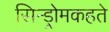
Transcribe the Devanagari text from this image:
सिन्ड्रोमकहते